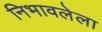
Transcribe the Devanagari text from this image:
निभावलेला